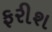
ફરીશ